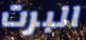
البرت